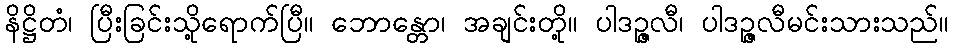
နိဋ္ဌိတံ၊ ပြီးခြင်းသို့ရောက်ပြီ။ ဘောန္တော၊ အချင်းတို့။ ပါဒဉ္ဇလီ၊ ပါဒဉ္ဇလီမင်းသားသည်။